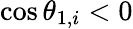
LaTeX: \cos\theta_{1,i}<0